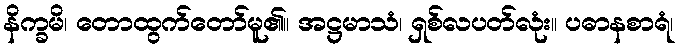
နိက္ခမိ၊ တောထွက်တော်မူ၏။ အဋ္ဌမာသံ၊ ရှစ်လပတ်လုံး။ ပဓာနစာရံ၊